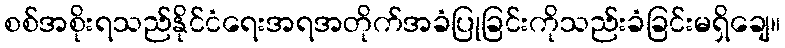
စစ်အစိုးရသည်နိုင်ငံရေးအရအတိုက်အခံပြုခြင်းကိုသည်းခံခြင်းမရှိချေ။